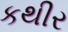
કથીર